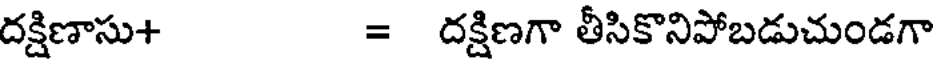
దక్షిణాసు+ = దక్షిణగా తీసికొనిపోబడుచుండగా